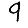
Digit: 9